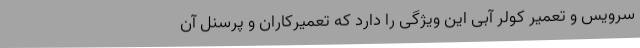
سرویس و تعمیر کولر آبی این ویژگی را دارد که تعمیرکاران و پرسنل آن